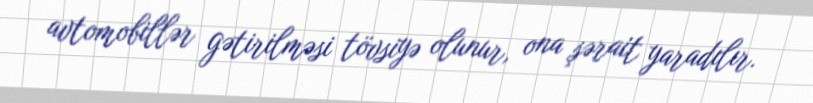
avtomobillər gətirilməsi tövsiyə olunur, ona şərait yaradılır.